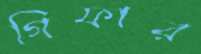
গিফার